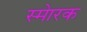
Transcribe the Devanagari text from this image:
स्माेरक